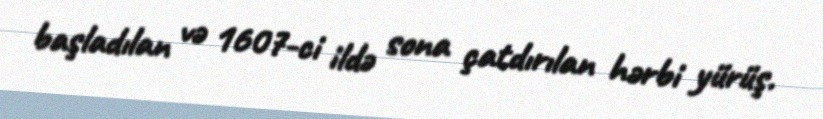
başladılan və 1607-ci ildə sona çatdırılan hərbi yürüş.